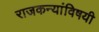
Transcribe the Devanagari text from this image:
राजकन्यांविषयी